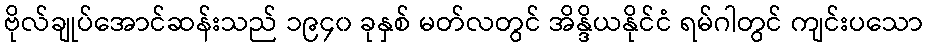
ဗိုလ်ချုပ်အောင်ဆန်းသည် ၁၉၄၀ ခုနှစ် မတ်လတွင် အိန္ဒိယနိုင်ငံ ရမ်ဂါတွင် ကျင်းပသော